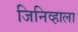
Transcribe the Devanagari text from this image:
जिनिव्हाला